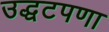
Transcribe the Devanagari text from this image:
उद्धटपणा